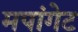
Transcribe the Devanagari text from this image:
मपांगेट